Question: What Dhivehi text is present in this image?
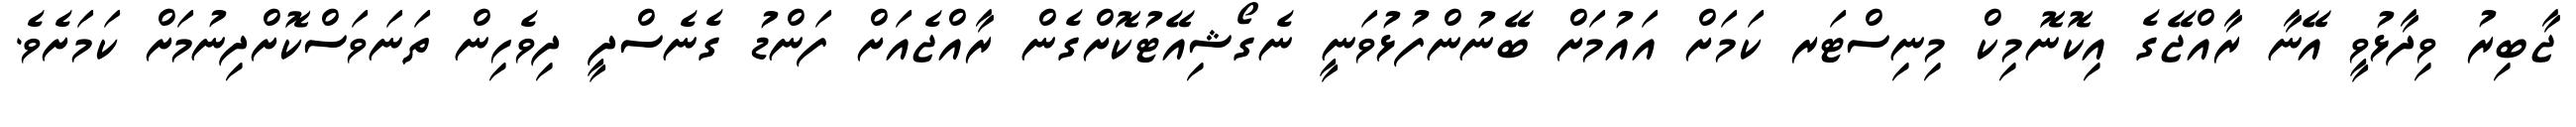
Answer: ޖާބިރު ވިދާޅުވީ އޭނާ ރާއްޖޭގެ އިކޮނޮމިކް މިނިސްޓަރ ކަމަށް އައުމަށް ބޭނުންފުޅުވަނީ ނެގޯޝިއޭޓުކޮށްގެން ރާއްޖެއަށް ފަންޑު ގެނެސްދީ ދިވެހިން ތަނަވަސްކޮށްދިނުމަށް ކަމަށެވެ.